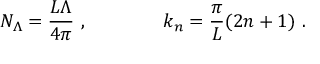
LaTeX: N _ { \Lambda } = \frac { L \Lambda } { 4 \pi } \ , \qquad \qquad k _ { n } = \frac { \pi } { L } ( 2 n + 1 ) \ .